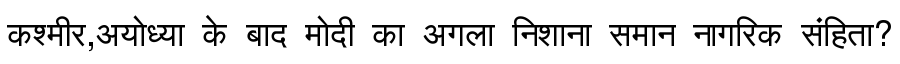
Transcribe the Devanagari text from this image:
कश्मीर,अयोध्या के बाद मोदी का अगला निशाना समान नागरिक संहिता?